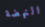
النهضة